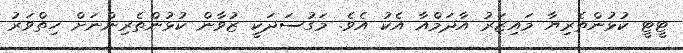
ޓީޓީ ކުޅުންތެރިޔާ މައިޒަރު އާދަމްއާ އެކު އެވެ. މަގުސަދަކީ ޒުވާން ކުޅުންތެރިންނަށް ހިތްވަރު